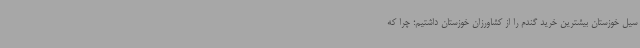
سیل خوزستان بیشترین خرید گندم را از کشاورزان خوزستان داشتیم؛ چرا که